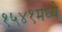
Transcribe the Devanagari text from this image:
१५४१मध्ये